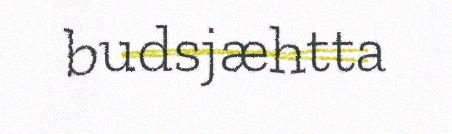
budsjæhtta